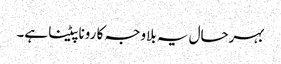
بہرحال یہ بلاوجہ کا رونا پیٹنا ہے۔